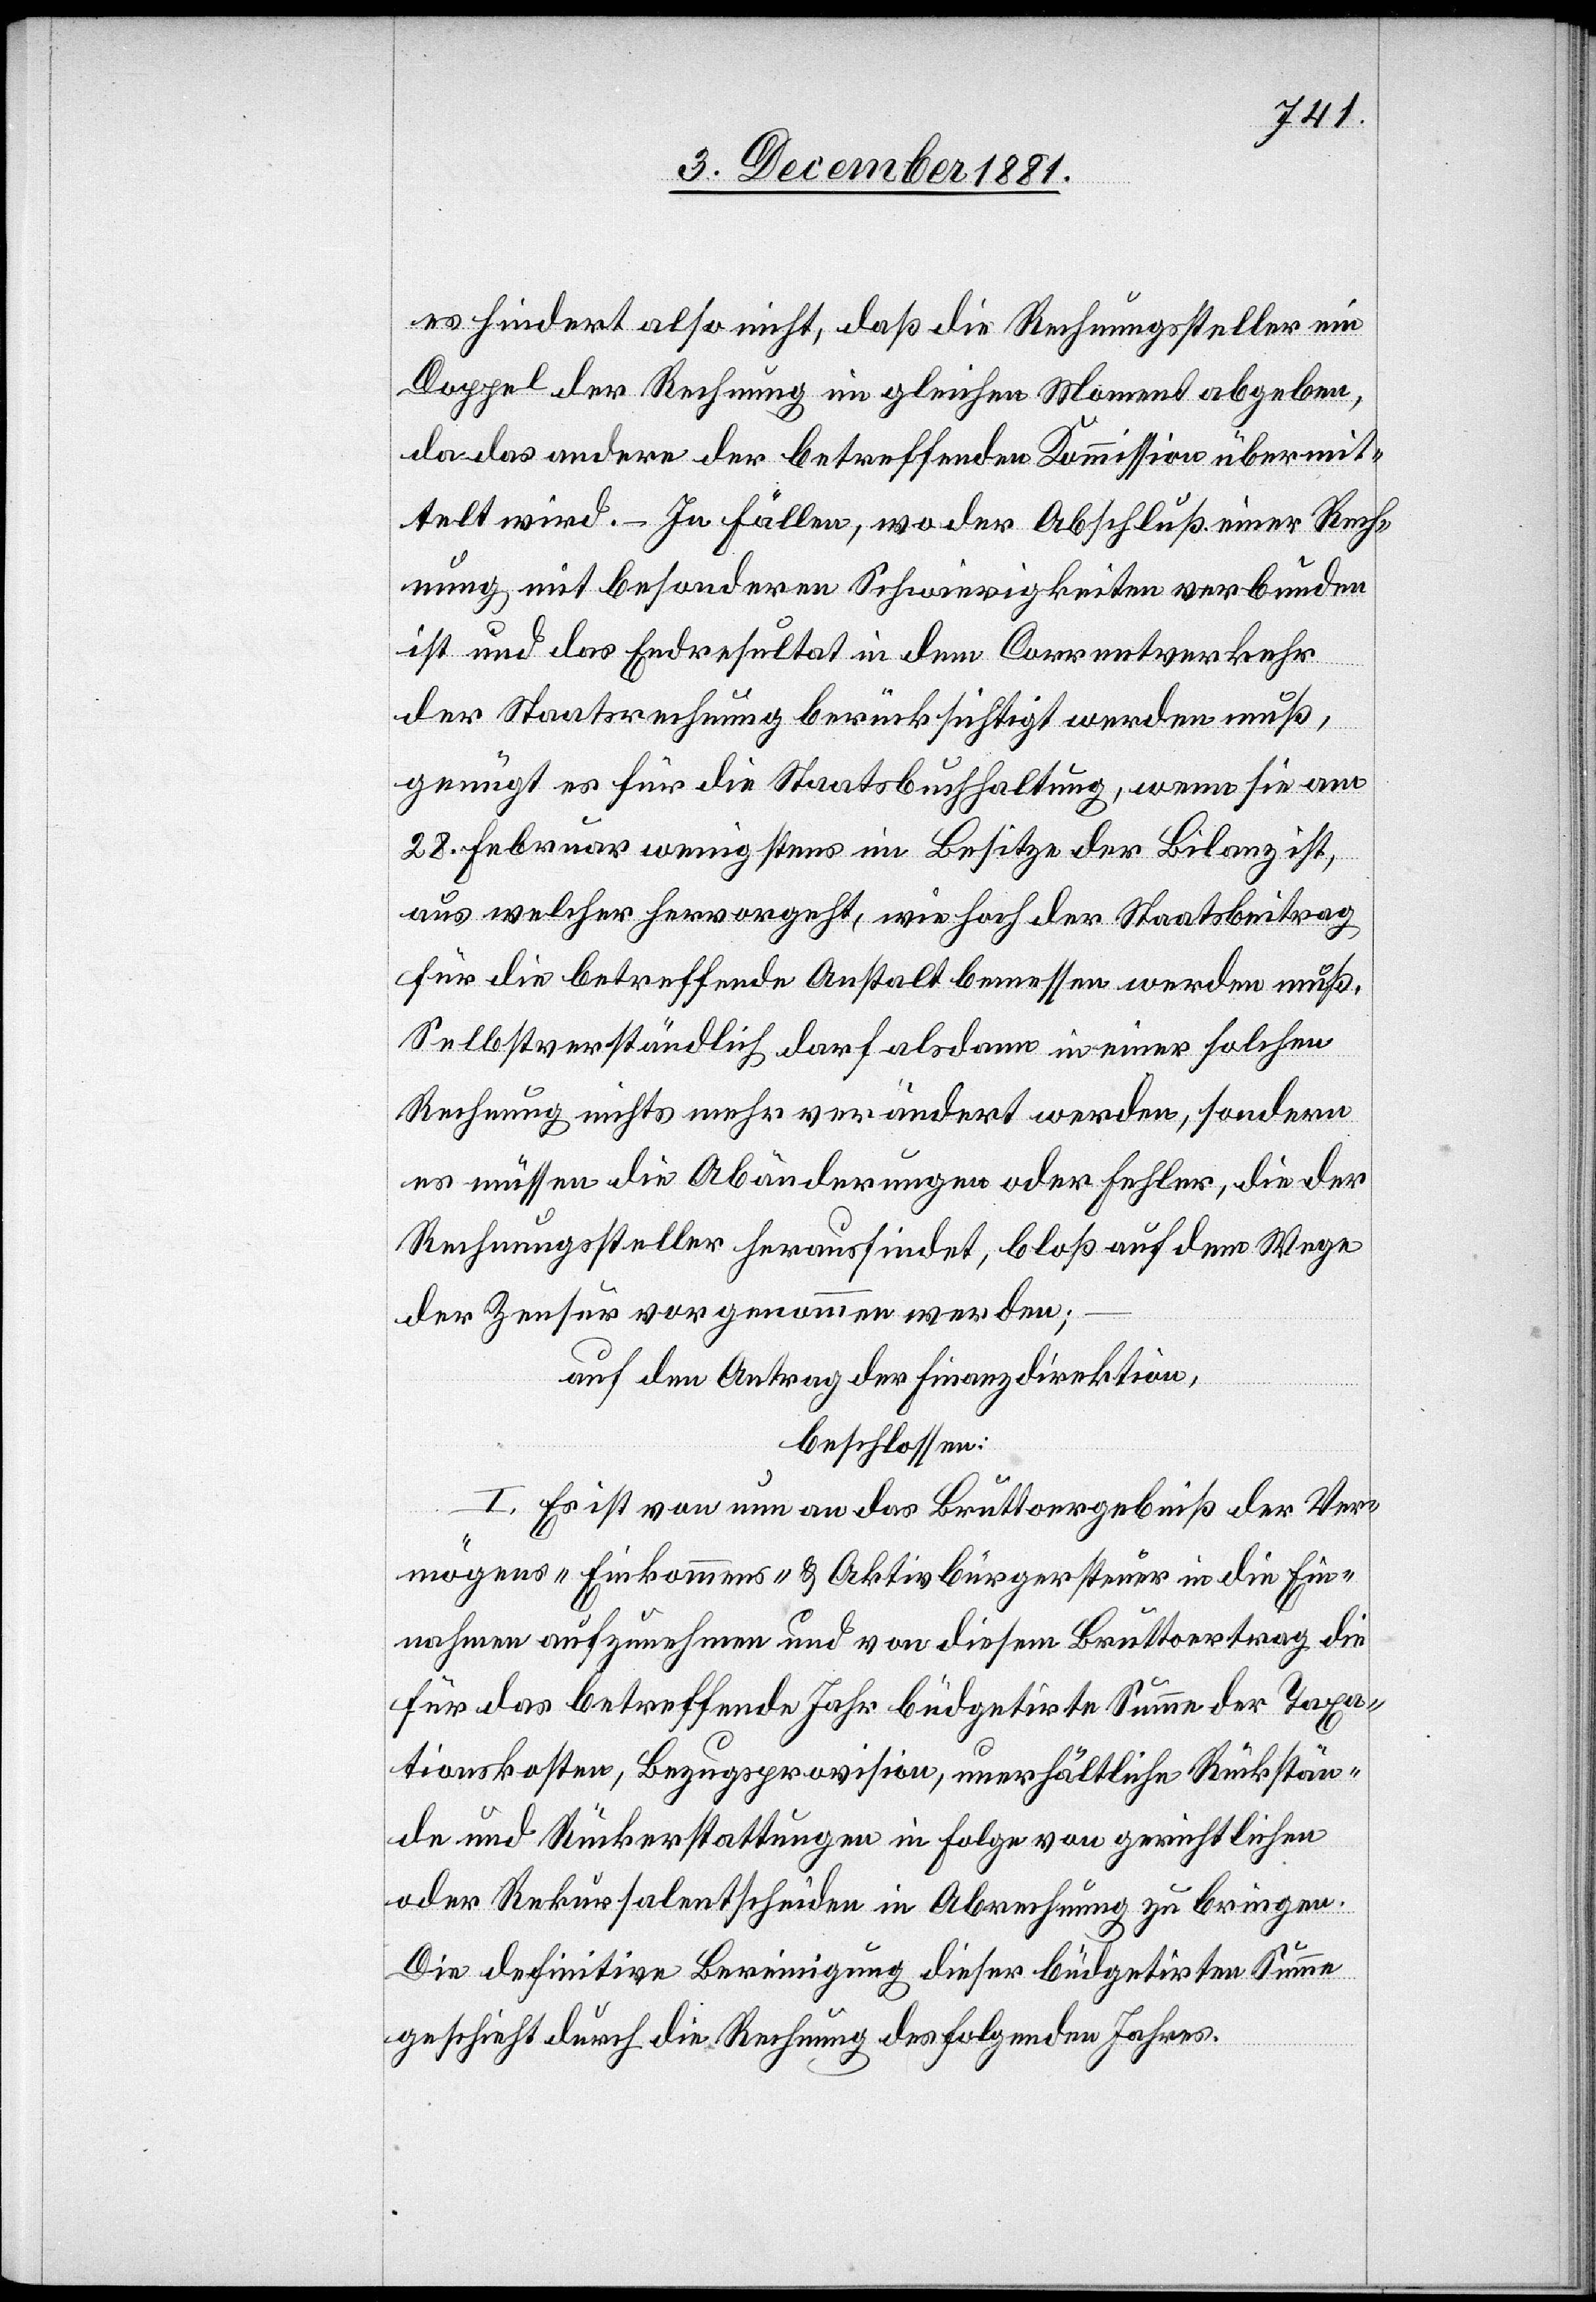
es hindert also nicht, daß die Rechnungssteller ein
Doppel der Rechnung im gleichen Moment abgeben,
da das andere der betreffenden Kommission übermit¬
telt wird. – In Fällen, wo der Abschluß einer Rech¬
nung mit besonderen Schwierigkeiten verbunden
ist und das Endresultat in dem Correntverkehr
der Staatsrechnung berücksichtigt werden muß,
genügt es für die Staatsbuchhaltung, wenn sie am
28. Februar wenigstens im Besitze der Bilanz ist,
aus welcher hervorgeht, wie hoch der Staatsbeitrag
für die betreffende Anstalt bemessen werden muß.
Selbstverständlich darf alsdann in einer solchen
Rechnung nichts mehr verändert werden, sondern
es müssen die Abänderungen oder Fehler, die der
Rechnungssteller herausfindet, bloß auf dem Wege
der Zensur vorgenommen werden;
auf den Antrag der Finanzdirektion,
beschlossen:
I. Es ist von nun an das Bruttoergebniß der Ver¬
mögens-[,] Einkommens- & Aktivbürgersteuer in die Ein¬
nahmen aufzunehmen und von diesem Bruttoertrag die
für das betreffende Jahr büdgetirte Summe der Taxa¬
tionskosten, Bezugsprovision, unerhältliche Rückstän¬
de und Rückerstattungen in Folge von gerichtlichen
oder Rekursalentscheiden in Abrechnung zu bringen.
Die definitive Bereinigung dieser büdgetirten Summe
geschieht durch die Rechnung des folgenden Jahres.